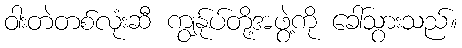
ဝါးတဲတစ်လုံးဆီ ကျွန်ုပ်တို့အဖွဲ့ကို ခေါ်သွားသည်။